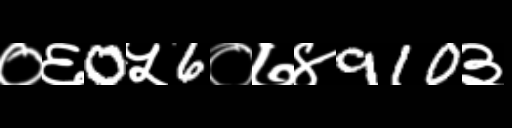
Text: ०६0५6०७४910३